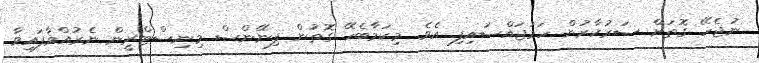
ނުޖެހޭ ގޮތަށް ސަރުކާރުން ހަމަޖައްސައިފި އެވެ. މިކަމާބެހޭ ގޮތުން ފިނޭންސް މިނިސްޓްރީން ނެރުއްވާފައިވާ